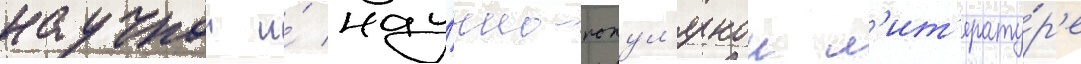
научнои и́ нау́чно-попул'ярнои л'ит'ерату́р'е